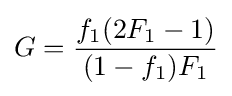
G={\frac {f_{1}(2F_{1}-1)}{(1-f_{1})F_{1}}}